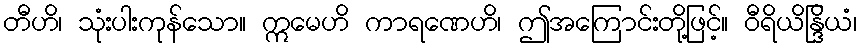
တီဟိ၊ သုံးပါးကုန်သော။ ဣမေဟိ ကာရဏေဟိ၊ ဤအကြောင်းတို့ဖြင့်။ ဝီရိယိန္ဒြိယံ၊